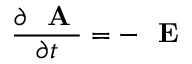
\frac { \partial \mathrm { ~ \bf ~ A ~ } } { \partial t } = - \mathrm { ~ \bf ~ E ~ }